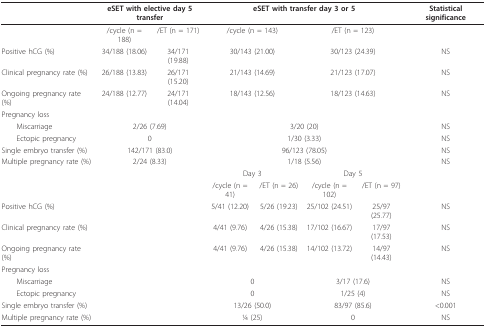
<table><thead><tr><td></td><td colspan="2"><b>eSET with elective day 5 transfer</b></td><td colspan="4"><b>eSET with transfer day 3 or 5</b></td><td><b>Statistical significance</b></td></tr></thead><tbody><tr><td></td><td>/cycle (n = 188)</td><td>/ET (n = 171)</td><td colspan="2">/cycle (n = 143)</td><td colspan="2">/ET (n = 123)</td><td></td></tr><tr><td>Positive hCG (%)</td><td>34/188 (18.06)</td><td>34/171 (19.88)</td><td colspan="2">30/143 (21.00)</td><td colspan="2">30/123 (24.39)</td><td>NS</td></tr><tr><td>Clinical pregnancy rate (%)</td><td>26/188 (13.83)</td><td>26/171 (15.20)</td><td colspan="2">21/143 (14.69)</td><td colspan="2">21/123 (17.07)</td><td>NS</td></tr><tr><td>Ongoing pregnancy rate (%)</td><td>24/188 (12.77)</td><td>24/171 (14.04)</td><td colspan="2">18/143 (12.56)</td><td colspan="2">18/123 (14.63)</td><td>NS</td></tr><tr><td>Pregnancy loss</td><td></td><td></td><td></td><td></td><td></td><td></td><td></td></tr><tr><td> Miscarriage</td><td colspan="2">2/26 (7.69)</td><td colspan="4">3/20 (20)</td><td>NS</td></tr><tr><td> Ectopic pregnancy</td><td colspan="2">0</td><td colspan="4">1/30 (3.33)</td><td>NS</td></tr><tr><td>Single embryo transfer (%)</td><td colspan="2">142/171 (83.0)</td><td colspan="4">96/123 (78.05)</td><td>NS</td></tr><tr><td>Multiple pregnancy rate (%)</td><td colspan="2">2/24 (8.33)</td><td colspan="4">1/18 (5.56)</td><td>NS</td></tr><tr><td></td><td></td><td></td><td colspan="2">Day 3</td><td colspan="2">Day 5</td><td></td></tr><tr><td></td><td></td><td></td><td>/cycle (n = 41)</td><td>/ET (n = 26)</td><td>/cycle (n = 102)</td><td>/ET (n = 97)</td><td></td></tr><tr><td>Positive hCG (%)</td><td></td><td></td><td>5/41 (12.20)</td><td>5/26 (19.23)</td><td>25/102 (24.51)</td><td>25/97 (25.77)</td><td>NS</td></tr><tr><td>Clinical pregnancy rate (%)</td><td></td><td></td><td>4/41 (9.76)</td><td>4/26 (15.38)</td><td>17/102 (16.67)</td><td>17/97 (17.53)</td><td>NS</td></tr><tr><td>Ongoing pregnancy rate (%)</td><td></td><td></td><td>4/41 (9.76)</td><td>4/26 (15.38)</td><td>14/102 (13.72)</td><td>14/97 (14.43)</td><td>NS</td></tr><tr><td>Pregnancy loss</td><td></td><td></td><td></td><td></td><td></td><td></td><td></td></tr><tr><td> Miscarriage</td><td></td><td></td><td colspan="2">0</td><td colspan="2">3/17 (17.6)</td><td>NS</td></tr><tr><td> Ectopic pregnancy</td><td></td><td></td><td colspan="2">0</td><td colspan="2">1/25 (4)</td><td>NS</td></tr><tr><td>Single embryo transfer (%)</td><td></td><td></td><td colspan="2">13/26 (50.0)</td><td colspan="2">83/97 (85.6)</td><td>&lt;0.001</td></tr><tr><td>Multiple pregnancy rate (%)</td><td></td><td></td><td colspan="2">1⁄4 (25)</td><td colspan="2">0</td><td>NS</td></tr></tbody></table>